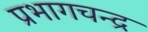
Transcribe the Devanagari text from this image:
प्रभागचन्द्र